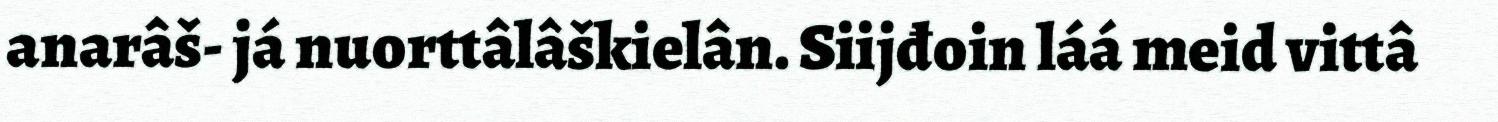
anarâš- já nuorttâlâškielân. Siijđoin láá meid vittâ